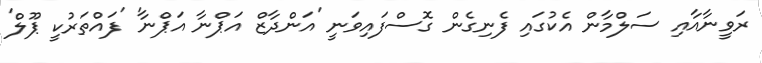
ރަވީނާއާއި ސަލްމާން އެކުގައި ފެނިގެން ގޮސްފައިވަނީ 'އަންދާޒް އަޕްނާ އަޕްނާ' 'ފައްތަރުކީ ޕޫލް'